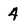
Character: 4